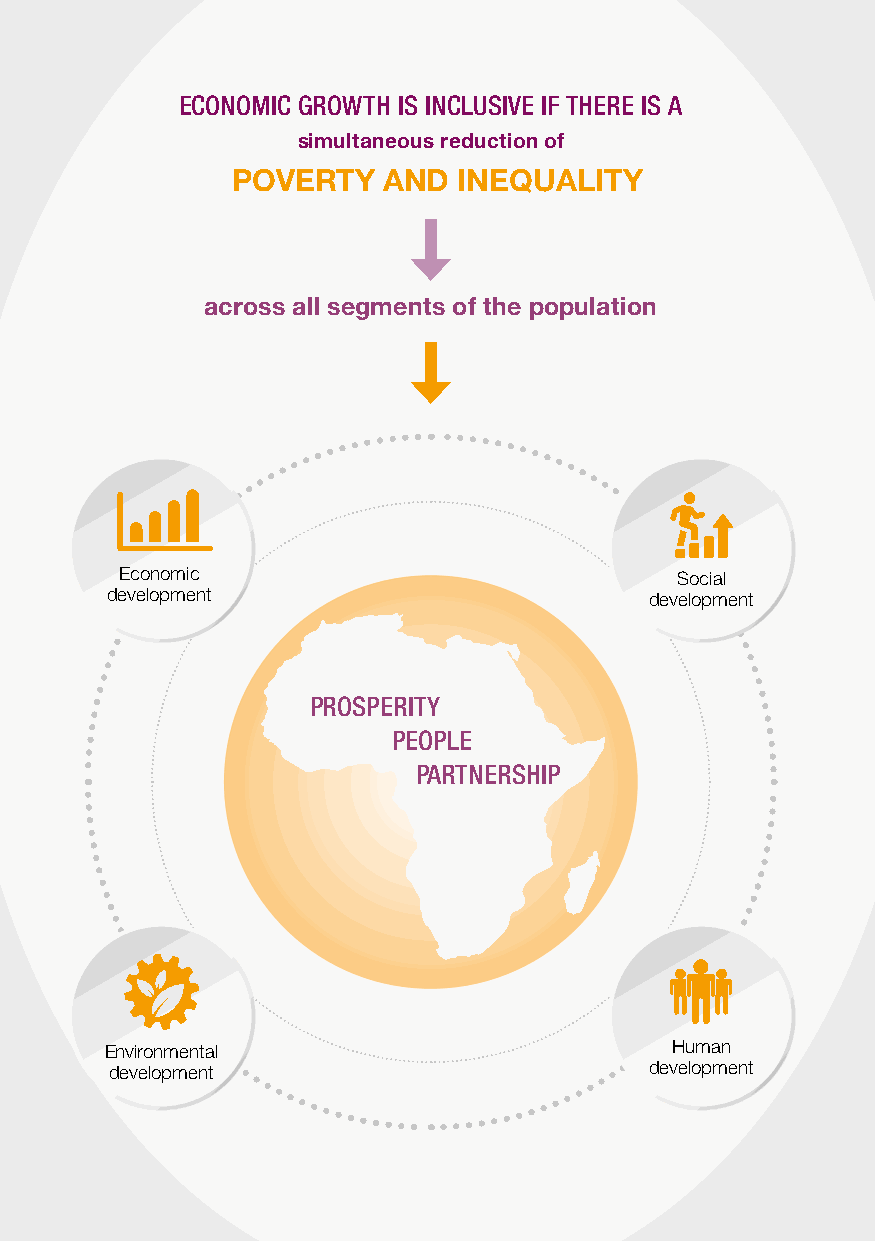
ECONOMIC GROWTH IS INCLUSIVE IF THERE IS A
 simultaneous reduction of
 POVERTY   AND  INEQUALITY
 across all segments of the population
 Economic                             Social
 development                         development
 PROSPERITY
 PEOPLE
 PARTNERSHIP
 Environmental                        Human
 development                         development